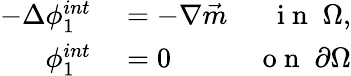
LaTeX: \begin{array}{rlr}{-\Delta\phi_{1}^{int}}&{{}=-\nabla\vec{m}}&{\mathrm{~i~n~}\; \Omega,}\\ {\phi_{1}^{int}}&{{}=0}&{\mathrm{~o~n~}\; \partial\Omega}\end{array}